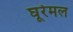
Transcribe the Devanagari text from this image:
घूरेमल